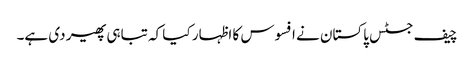
چیف جسٹس پاکستان نے افسوس کا اظہار کیا کہ تباہی پھیر دی ہے۔